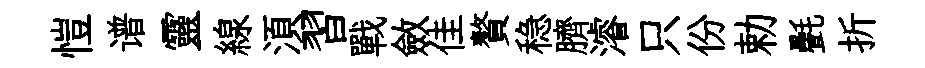
愷谱靈線湏習戰斂佳贅稳臍濬只份勅㲲折